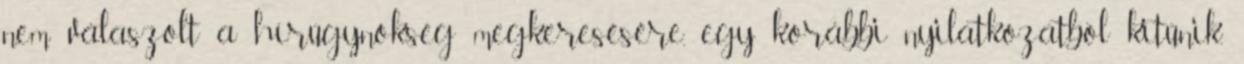
nem válaszolt a hírügynökség megkeresésére, egy korábbi nyilatkozatból kitűnik,